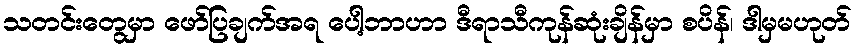
သတင်းတွေမှာ ဖော်ပြချက်အရ ပေါ့ဘာဟာ ဒီရာသီကုန်ဆုံးချိန်မှာ စပိန်၊ ဒါမှမဟုတ်